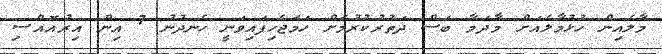
މާލެއިން ހުޅުމާލެއަށް މާދަމާ ބަސް ދަތުރުކުރުމަށް ހަމަޖެހިފައިވަނީ ހެނދުނު 7 އިން އިރުއޮއްސި